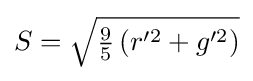
{\textstyle S={\sqrt {{\frac {9}{5}}\left(r'^{2}+g'^{2}\right)}}}